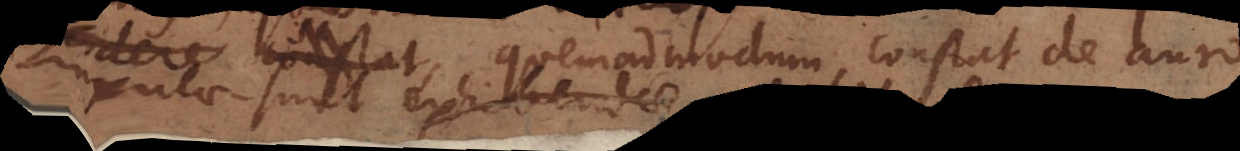
quemadmodum constat de au